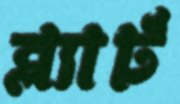
ব্ল্যার্ট